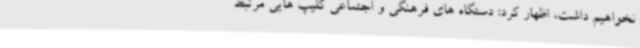
نخواهیم داشت، اظهار کرد: دستگاه های فرهنگی و اجتماعی کلیپ هایی مرتبط